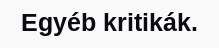
Egyéb kritikák.